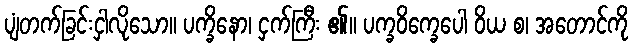
ပျံတက်ခြင်းငှါလိုသော။ ပက္ခိနော၊ ငှက်ကြီး ၏။ ပက္ခဝိက္ခေပေါ ဝိယ စ၊ အတောင်ကို